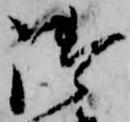
御